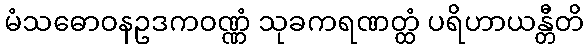
မံသဓောဝနဥဒကဝဏ္ဏံ သုခကရဏတ္ထံ ပရိဟာယန္တီတိ